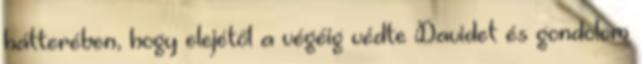
hátterében, hogy elejétől a végéig védte Davidet és gondolom